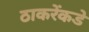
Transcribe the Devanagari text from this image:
ठाकरेंकडे